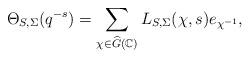
LaTeX: \begin{align*}\Theta_{S, \Sigma}(q^{-s}) = \sum_{\chi \in \widehat{G}(\Bbb C)} L_{S, \Sigma}(\chi, s) e_{\chi^{-1}},\end{align*}